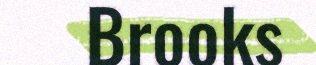
Brooks